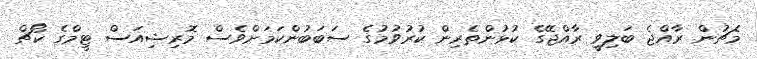
މެޗުން ރާއްޖެ ބަލިވީ ރާއްޖޭގެ ކުޅުންތެރިން ކުރުވުމުގެ ސަބަބުންކަމަށްވެސް މޮރިޝިއަސް ޓީމްގެ ކޯޗް